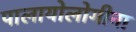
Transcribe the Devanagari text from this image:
पालायोलोगीना